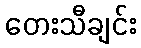
တေးသီချင်း